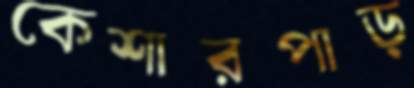
কেশারপাড়